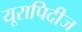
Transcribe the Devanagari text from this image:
यूरापिदीज